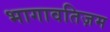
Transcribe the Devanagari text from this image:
भागावतिज़म